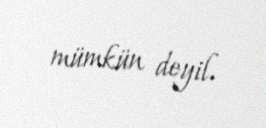
mümkün deyil.